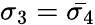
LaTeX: \sigma_{3}=\bar{\sigma_{4}}